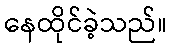
နေထိုင်ခဲ့သည်။